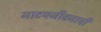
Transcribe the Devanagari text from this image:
नाटयजीवनाची